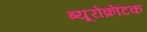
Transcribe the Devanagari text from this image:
ब्यूरोक्रेटिक